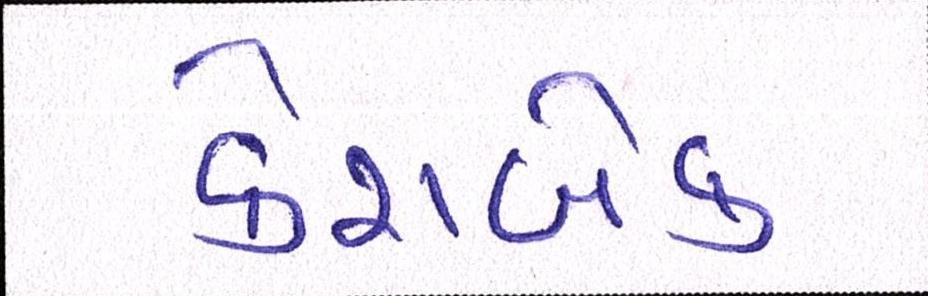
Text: કેશબેક